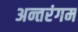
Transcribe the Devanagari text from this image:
अन्तरंगम